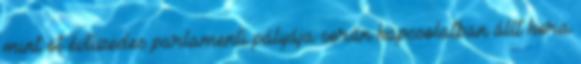
mint öt évtizedes parlamenti pályája során kapcsolatban állt kora